Indian journal of veterinary science and animal husbandry - Volumes 24-25, 1954-1955
Year: 1954
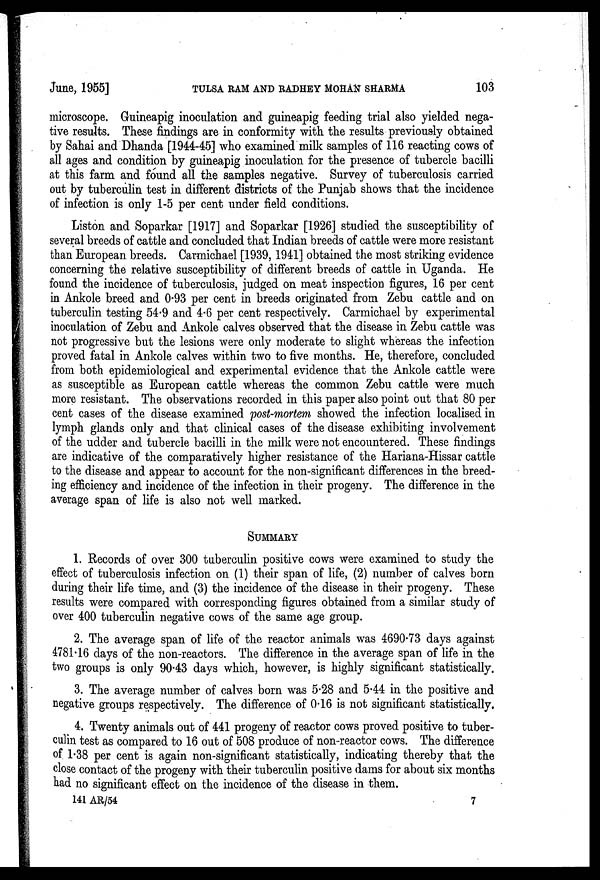
June, 1955] TULSA RAM AND RADHEY MOHAN SHARMA 103
microscope. Gruineapig inoculation and guineapig feeding trial also yielded nega-
tive results. These findings are in conformity with the results previously obtained
by Sahai and Dhanda [1944-45] who examined milk samples of 116 reacting cows of
all ages and condition by guineapig inoculation for the presence of tubercle bacilli
at this farm and found all the samples negative. Survey of tuberculosis carried
out by tuberculin test in different districts of the Punjab shows that the incidence
of infection is only 1-5 per cent under field conditions.
Liston and Soparkar [1917] and Soparkar [1926] studied the susceptibility of
several breeds of cattle and concluded that Indian breeds of cattle were more resistant
than European breeds. Carmichael [1939, 1941] obtained the most striking evidence
concerning the relative susceptibility of different breeds of cattle in Uganda. He
found the incidence of tuberculosis, judged on meat inspection figures, 16 per cent
in Ankole breed and 0.93 per cent in breeds originated from Zebu cattle and on
tuberculin testing 54.9 and 4.6 per cent respectively. Carmichael by experimental
inoculation of Zebu and Ankole calves observed that the disease in Zebu cattle was
not progressive but the lesions were only moderate to slight whereas the infection
proved fatal in Ankole calves within two to five months. He, therefore, concluded
from both epidemiological and experimental evidence that the Ankole cattle were
as susceptible as European cattle whereas the common Zebu cattle were much
more resistant. The observations recorded in this paper also point out that 80 per
cent cases of the disease examined post-mortem showed the infection localised in
lymph glands only and that clinical cases of the disease exhibiting involvement
of the udder and tubercle bacilli in the milk were not encountered. These findings
are indicative of the comparatively higher resistance of the Hariana-Hissar cattle
to the disease and appear to account for the non-significant differences in the breed-
ing efficiency and incidence of the infection in their progeny. The difference in the
average span of life is also not well marked.
SUMMARY
1. Records of over 300 tuberculin positive cows were examined to study the
effect of tuberculosis infection on (1) their span of life, (2) number of calves born
during their life time, and (3) the incidence of the disease in their progeny. These
results were compared with corresponding figures obtained from a similar study of
over 400 tuberculin negative cows of the same age group.
2. The average span of life of the reactor animals was 4690.73 days against
4781.16 days of the non-reactors. The difference in the average span of life in the
two groups is only 90.43 days which, however, is highly significant statistically.
3. The average number of calves born was 5.28 and 5.44 in the positive and
negative groups respectively. The difference of 0.16 is not significant statistically.
4. Twenty animals out of 441 progeny of reactor cows proved positive to tuber-
culin test as compared to 16 out of 508 produce of non-reactor cows. The difference
of 1.38 per cent is again non-significant statistically, indicating thereby that the
close contact of the progeny with their tuberculin positive dams for about six months
had no significant effect on the incidence of the disease in them.
141 AR/54
7